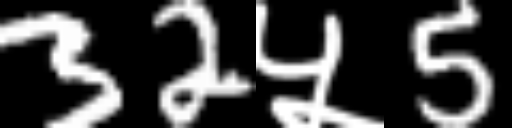
Text: 32५5